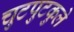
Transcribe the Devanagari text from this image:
चुटपुटकुले